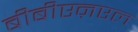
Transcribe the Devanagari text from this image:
बीबीएऩएल